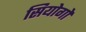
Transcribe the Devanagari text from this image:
सियोगो